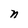
Character: n